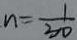
n = \frac { 1 } { 3 0 }